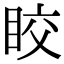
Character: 𥅟